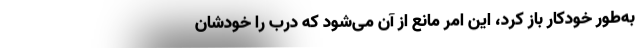
به‌طور خودکار باز کرد، این امر مانع از آن می‌شود که درب را خودشان